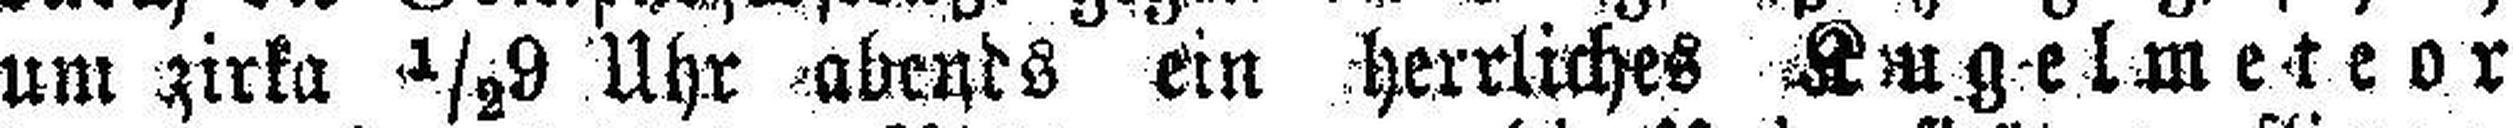
um zirka ½9 Uhr abends ein herrliches Kugelmeteor